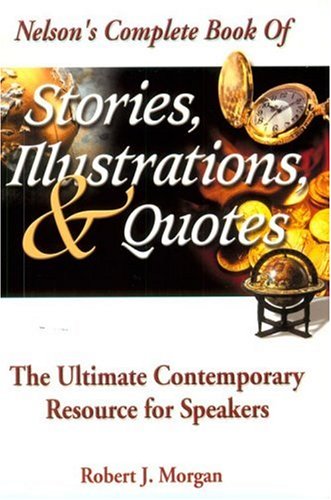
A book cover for Nelson's Complete Book Of Stories, Illustrations & Quotes The Ultimate Contemporary Resource For Speakers; Robert J. Morgan; Christian Books & Bibles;